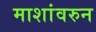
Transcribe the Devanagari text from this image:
माशांवरुन